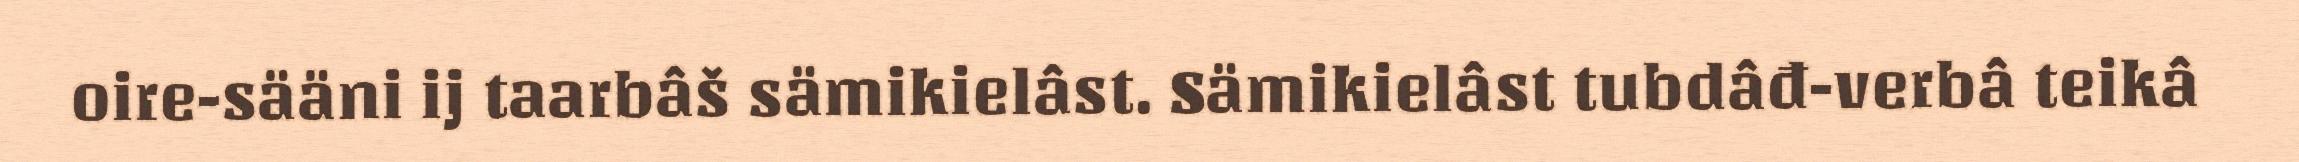
oire-sääni ij taarbâš sämikielâst. Sämikielâst tubdâđ-verbâ teikâ